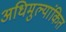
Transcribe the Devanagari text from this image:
अधिमुल्यांकित